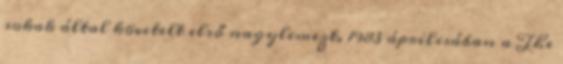
sokak által követelt első nagylemezt. 1983 áprilisában a The